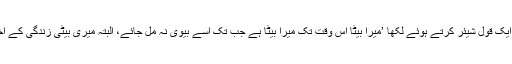
سحرش خان نامی ہینڈل نے ایسا ہی ایک قول شیئر کرتے ہوئے لکھا ’میرا بیٹا اس وقت تک میرا بیٹا ہے جب تک اسے بیوی نہ مل جائے، البتہ میری بیٹی زندگی کے آخری لمحے تک میری بیٹی ہی ہے‘۔